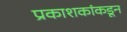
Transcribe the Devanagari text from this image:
प्रकाशकांकडून